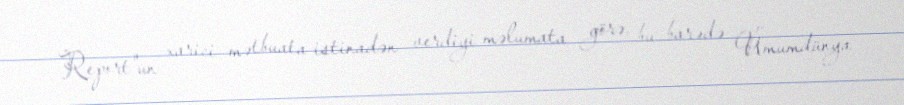
Report"un xarici mətbuata istinadən verdiyi məlumata görə, bu barədə Ümumdünya